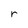
Character: r